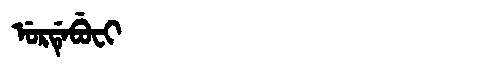
Manchu: ᡠᡵᡩᡝᠪᡠᠸᡳ
Romanization: URDEBUFI